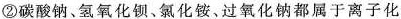
②碳酸钠、氢氧化钡、氯化铵，过氧化钠都属于离子化